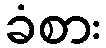
ခံစား